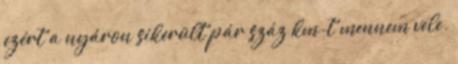
ezért a nyáron sikerült pár száz km-t mennem vele.